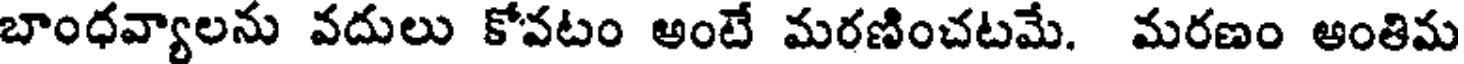
బాంధవ్యాలను వదులు కోవటం అంటే మరణించటమే. మరణం అంతిమ